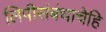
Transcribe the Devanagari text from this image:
लिपीसंबंधाचेहि